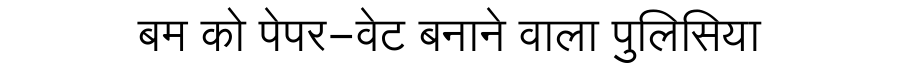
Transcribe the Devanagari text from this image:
बम को पेपर-वेट बनाने वाला पुलिसिया